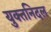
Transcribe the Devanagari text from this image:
युक्तनिदल